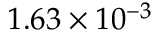
1 . 6 3 \times 1 0 ^ { - 3 }